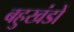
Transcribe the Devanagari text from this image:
बहुखंडों